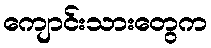
ကျောင်းသားတွေက